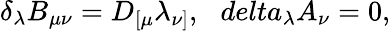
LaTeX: \delta_{\lambda}B_{\mu\nu}=D_{[\mu}\lambda_{\nu]},\ \ \, delta_{\lambda}A_{\nu}=0,